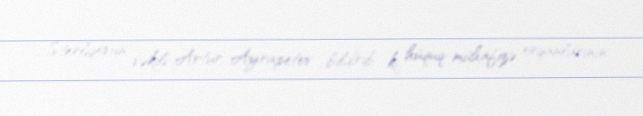
Sterliqovun vəkili Artur Ayrapetov bildirib ki, hüquq-mühafizə orqanlarının